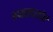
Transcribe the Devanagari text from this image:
ग्जालारहॉर्न